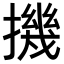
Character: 𢴰